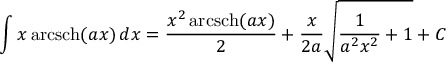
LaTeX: \int x \operatorname { a r c s c h } ( a x ) \, d x = { \frac { x ^ { 2 } \operatorname { a r c s c h } ( a x ) } { 2 } } + { \frac { x } { 2 a } } { \sqrt { { \frac { 1 } { a ^ { 2 } x ^ { 2 } } } + 1 } } + C